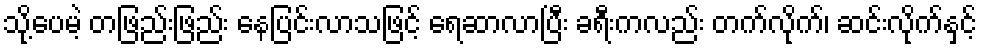
သို့ပေမဲ့ တဖြည်းဖြည်း နေပြင်းလာသဖြင့် ရေဆာလာပြီး ခရီးကလည်း တက်လိုက်၊ ဆင်းလိုက်နှင့်